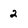
Character: 2